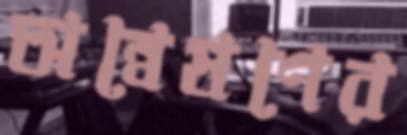
অন্বেষণের